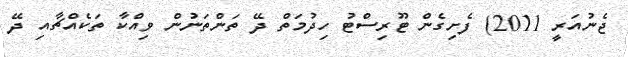
ޖެނުއަރީ 2011) ފެށިގެން ޓޫރިސްޓު ހިދުމަތް ދޭ ތަންތަނުން ވިއްކާ ތަކެއްޗާއި ދޭ